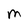
Character: M